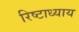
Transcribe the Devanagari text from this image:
रिष्टाध्याय